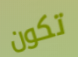
تكون